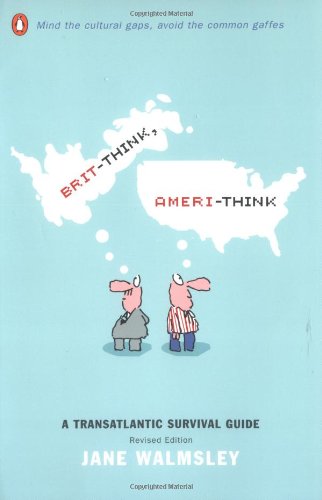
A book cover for Brit-Think, Ameri-Think: A Transatlantic Survival Guide, Revised Edition; Jane Walmsley; Humor & Entertainment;